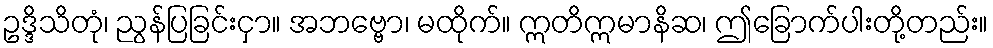
ဥဒ္ဒိသိတုံ၊ ညွန်ပြခြင်းငှာ။ အဘဗ္ဗော၊ မထိုက်။ ဣတိဣမာနိဆ၊ ဤခြောက်ပါးတို့တည်း။